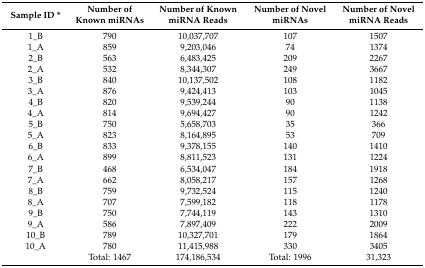
<table><thead><tr><td><b>Sample ID *</b></td><td><b>Number of Known miRNAs</b></td><td><b>Number of Known miRNA Reads</b></td><td><b>Number of Novel miRNAs</b></td><td><b>Number of Novel miRNA Reads</b></td></tr></thead><tbody><tr><td>1_B</td><td>790</td><td>10,037,707</td><td>107</td><td>1507</td></tr><tr><td>1_A</td><td>859</td><td>9,203,046</td><td>74</td><td>1374</td></tr><tr><td>2_B</td><td>563</td><td>6,483,425</td><td>209</td><td>2267</td></tr><tr><td>2_A</td><td>532</td><td>8,344,307</td><td>249</td><td>3667</td></tr><tr><td>3_B</td><td>840</td><td>10,137,502</td><td>108</td><td>1182</td></tr><tr><td>3_A</td><td>876</td><td>9,424,413</td><td>103</td><td>1045</td></tr><tr><td>4_B</td><td>820</td><td>9,539,244</td><td>90</td><td>1138</td></tr><tr><td>4_A</td><td>814</td><td>9,694,427</td><td>90</td><td>1242</td></tr><tr><td>5_B</td><td>750</td><td>5,658,703</td><td>35</td><td>366</td></tr><tr><td>5_A</td><td>823</td><td>8,164,895</td><td>53</td><td>709</td></tr><tr><td>6_B</td><td>833</td><td>9,378,155</td><td>140</td><td>1410</td></tr><tr><td>6_A</td><td>899</td><td>8,811,523</td><td>131</td><td>1224</td></tr><tr><td>7_B</td><td>468</td><td>6,534,047</td><td>184</td><td>1918</td></tr><tr><td>7_A</td><td>662</td><td>8,058,217</td><td>157</td><td>1268</td></tr><tr><td>8_B</td><td>759</td><td>9,732,524</td><td>115</td><td>1240</td></tr><tr><td>8_A</td><td>707</td><td>7,599,182</td><td>118</td><td>1178</td></tr><tr><td>9_B</td><td>750</td><td>7,744,119</td><td>143</td><td>1310</td></tr><tr><td>9_A</td><td>586</td><td>7,897,409</td><td>222</td><td>2009</td></tr><tr><td>10_B</td><td>789</td><td>10,327,701</td><td>179</td><td>1864</td></tr><tr><td>10_A</td><td>780</td><td>11,415,988</td><td>330</td><td>3405</td></tr><tr><td></td><td>Total: 1467</td><td>174,186,534</td><td>Total: 1996</td><td>31,323</td></tr></tbody></table>